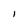
Character: I